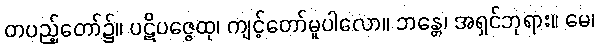
တပည့်တော်၌။ ပဋိပဇ္ဇေထု၊ ကျင့်တော်မူပါလော။ ဘန္တေ၊ အရှင်ဘုရား။ မေ၊